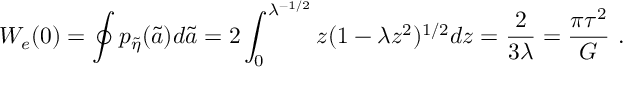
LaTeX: W _ { e } ( 0 ) = \oint p _ { \tilde { \eta } } ( \tilde { a } ) d \tilde { a } = 2 \int _ { 0 } ^ { \lambda ^ { - 1 / 2 } } z ( 1 - \lambda z ^ { 2 } ) ^ { 1 / 2 } d z = { \frac { 2 } { 3 \lambda } } = { \frac { \pi \tau ^ { 2 } } { G } } \ .